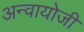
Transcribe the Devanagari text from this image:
अन्वायोजी